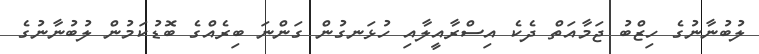
ލުބުނާނުގެ ހިޒްބު ޖަމާއަތް ދެކެ އިސްރާއީލާއި ހުޅަނގުން ގަންނަ ބިރެއްގެ ބޮޑުކަމުން ލުބުނާނުގެ